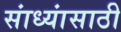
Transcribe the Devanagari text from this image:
सांध्यांसाठी